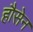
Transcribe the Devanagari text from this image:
हौसेन